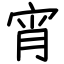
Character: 宵